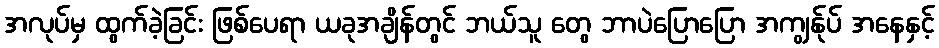
အလုပ်မှ ထွက်ခဲ့ခြင်း ဖြစ်ပေရာ ယခုအချိန်တွင် ဘယ်သူ တွေ ဘာပဲပြောပြော အကျွန်ုပ် အနေနှင့်